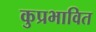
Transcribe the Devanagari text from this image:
कुप्रभावित